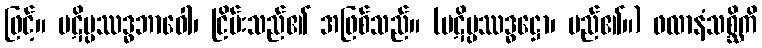
ဖြင့်။ ပဋိပ္ပဿဒ္ဓဘာဝေါ၊ ငြိမ်းသည်၏ အဖြစ်သည်။ (ပဋိပ္ပဿဒ္ဓဋ္ဌော၊ မည်၏။) ဖလာနံသစ္ဆိကိ